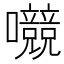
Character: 𱕳